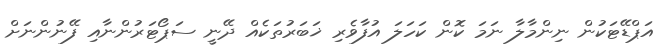
އަޕްޑޭޓަކުން ނިންމާލާ ނަމަ ކޮން ކަހަލަ އުފާވެރި ޚަބަރުތަކެއް ދޭނީ ސަޕޯޓަރުންނާއި ފޭނުންނަށް